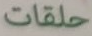
حلقات